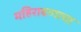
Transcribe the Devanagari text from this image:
महिरावणाचा